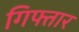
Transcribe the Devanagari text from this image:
गिफ्तार